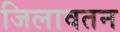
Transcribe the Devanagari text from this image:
जिलावतन